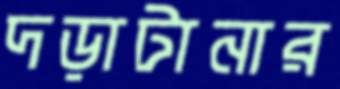
দড়াটানার